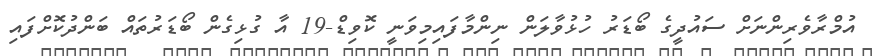
އުމްރާވެރިންނަށް ސައުދީގެ ބޯޑަރު ހުޅުވާލަން ނިންމާފައިމިވަނީ ކޮވިޑް-19 އާ ގުޅިގެން ބޯޑަރުތައް ބަންދުކޮށްފައި